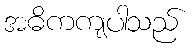
အဓိကကျပါသည်